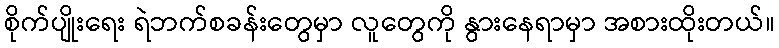
စိုက်ပျိုးရေး ရဲဘက်စခန်းတွေမှာ လူတွေကို နွားနေရာမှာ အစားထိုးတယ်။